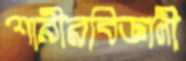
শারীরবিজ্ঞানী